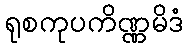
ရုစကုပကိဏ္ဏမိဒံ